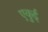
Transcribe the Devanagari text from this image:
एकुई